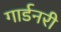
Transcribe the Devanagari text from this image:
गार्डनरी